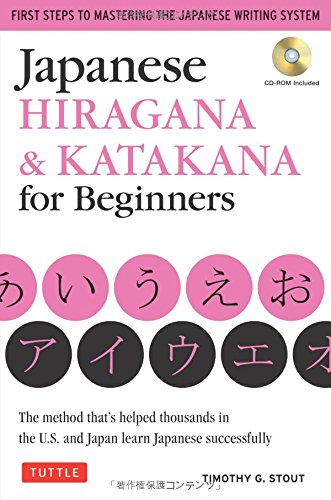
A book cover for Japanese Hiragana & Katakana for Beginners: First Steps to Mastering the Japanese Writing System (CD-ROM Included); Timothy G. Stout; Reference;